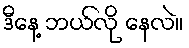
ဒီနေ့ ဘယ်လို နေလဲ။